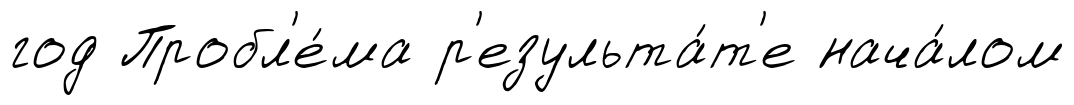
год Пробл'е́ма р'езульта́т'е нача́лом